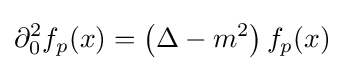
\partial _{0}^{2}f_{p}(x)=\left(\Delta -m^{2}\right)f_{p}(x)